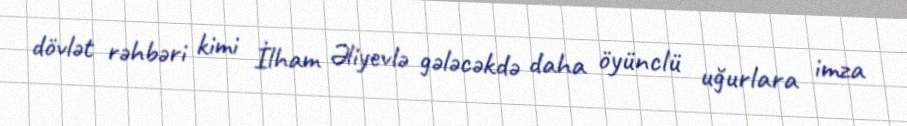
dövlət rəhbəri kimi İlham Əliyevlə gələcəkdə daha öyünclü uğurlara imza